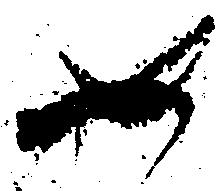
如